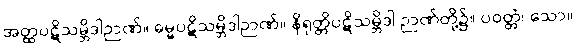
အတ္ထပဋိသမ္ဘိဒါဉာဏ်။ ဓမ္မပဋိသမ္ဘိဒါဉာဏ်။ နိရုတ္တိပဋိသမ္ဘိဒါ ဉာဏ်တို့၌။ ပဝတ္တံ၊ သော။